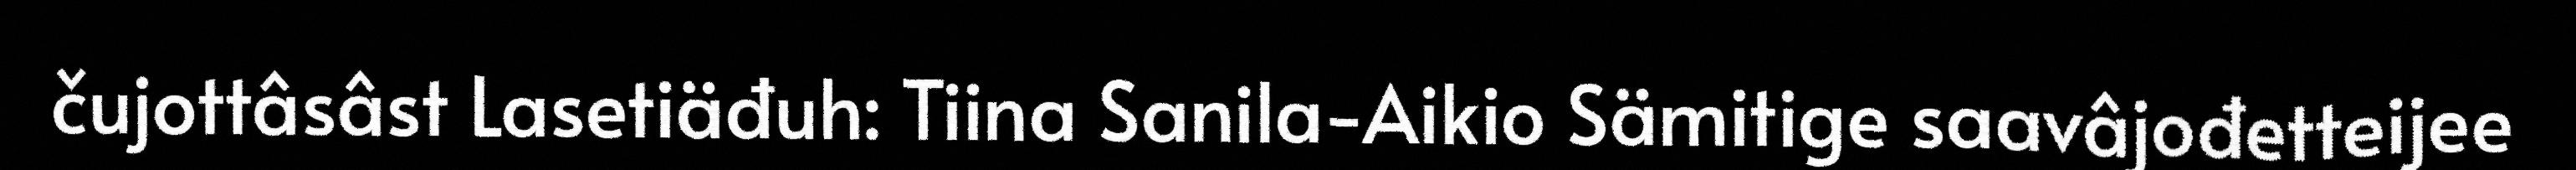
čujottâsâst Lasetiäđuh: Tiina Sanila-Aikio Sämitige saavâjođetteijee